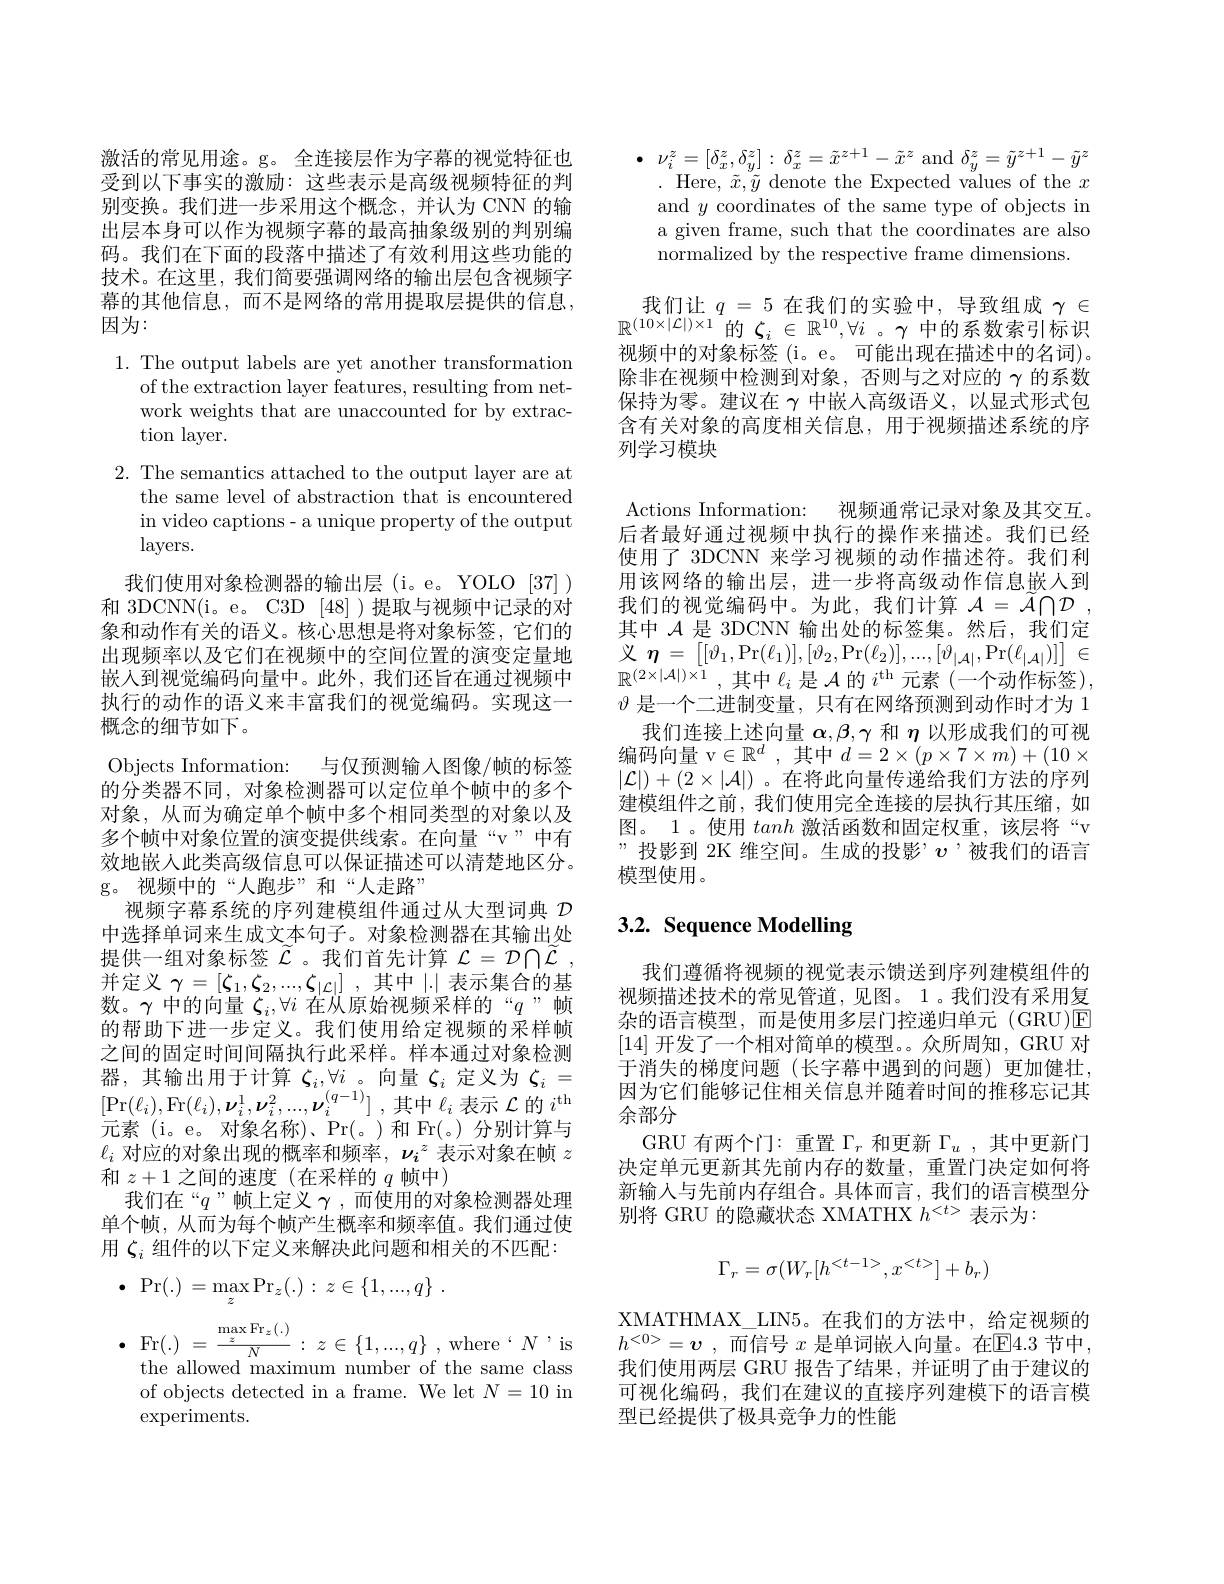
受到以下事实的激励：这些表示是高级视频特征的判别变换。我们进一步采用这个概念，并认为 CNN 的输出层本身可以作为视频字幕的最高抽象级别的判别编码。我们在下面的段落中描述了有效利用这些功能的技术。在这里，我们简要强调网络的输出层包含视频字幕的其他信息，而不是网络的常用提取层提供的信息， 因为：

1. The output labels are yet another transformation
of the extraction layer features, resulting from network weights that are unaccounted for by extraction layer.
2. The semantics attached to the output layer are at
the same level of abstraction that is encountered in video captions- a unique property of the output layers.
我们使用对象检测器的输出层(i。e。YOLO[37]) 和 3DCNN(i。e。C3D [48] )提取与视频中记录的对象和动作有关的语义。核心思想是将对象标签，它们的出现频率以及它们在视频中的空间位置的演变定量地嵌入到视觉编码向量中。此外，我们还旨在通过视频中执行的动作的语义来丰富我们的视觉编码。实现这一概念的细节如下。
Objects Information: 与仅预测输入图像/帧的标签的分类器不同，对象检测器可以定位单个帧中的多个对象，从而为确定单个帧中多个相同类型的对象以及多个帧中对象位置的演变提供线索。在向量“v”中有效地嵌人此类高级信息可以保证描述可以清楚地区分。g。视频中的“人跑步”和“人走路”
视频字幕系统的序列建模组件通过从大型词典$\mathcal{D}$ 中选择单词来生成文本句子。对象检测器在其输出处提供一组对象标签$\widetilde{\mathcal{L}}$ 。我们首先计算$\mathcal{L}=\mathcal{D}\bigcap\widetilde{\mathcal{L}}$ 并定义$\gamma = [ \zeta _1, \zeta _2, . . . , \zeta _{| \mathcal{L} | }]$ ,其中|.|表示集合的基数。$\gamma$中的向量$\zeta_i,\forall i$在从原始视频采样的“$q$”帧的帮助下进一步定义。我们使用给定视频的采样帧之间的固定时间间隔执行此采样。样本通过对象检测器，其输出用于计算$\zeta_i,\forall i$。向量$\zeta_i$定义为$\zeta_i=$ $[ \Pr ( \ell _{i}) , \Pr ( \ell _{i}) , \boldsymbol{\nu }_{i}^{1}, \boldsymbol{\nu }_{i}^{2}, . . . , \boldsymbol{\nu }_{i}^{( q- 1) }]$ ,其中$\ell_i$ 表示 $\mathcal{L}$ 的 $i^\mathrm{th}$ 元素(i。e。对象名称)、Pr(。)和 Fr(。)分别计算与$\ell_i$对应的对象出现的概率和频率，$\nu_i^z$表示对象在帧$z$ 和$z+1$之间的速度(在采样的$q$帧中)
我们在“$q$”帧上定义$\gamma$,而使用的对象检测器处理单个帧，从而为每个帧产生概率和频率值。我们通过使用$\zeta_i$组件的以下定义来解决此问题和相关的不匹配：
$$\Pr(.)\:=\max_{z}\Pr_{z}(.)\::\:z\in\{1,...,q\}\:.$$
$\begin{array}{ll}{\mathrm{.}}&{\mathrm{Fr(.)}=\frac{\max\Pr_{z}(.)}{N}:z\in\{1,...,q\}\:,\mathrm{~where~}`N\:,\mathrm{is}}\\&{\mathrm{the~allowed~maximum~number~of~the~same~class}}\end{array}$ of objects detected in a frame. We let $N=10$ in $\operatorname{experiments}.$

激活的常见用途。g。全连接层作为字幕的视觉特征也 $\bullet\nu_i^z=[\tilde{\delta}_x^z,\delta_y^z]:\delta_x^z=\tilde{x}^{z+1}-\tilde{x}^z$ and $\delta_y^z=\tilde{y}^{z+1}-\tilde{y}^z$
. Here, $\tilde{x},\tilde{y}$ denote the Expected values of the $x$ and $y$ coordinates of the same type of objects in a given frame, such that the coordinates are also normalized by the respective frame dimensions.

我们让$q=5$在我们的实验中，导致组成$\gamma\in$ $\mathbb{R}^{(10\times|\mathcal{L}|)\times1}$的$\zeta_i\in\mathbb{R}^{10},\forall i$。$\gamma$中的系数索引标识视频中的对象标签(i。e。可能出现在描述中的名词)。除非在视频中检测到对象，否则与之对应的$\gamma$的系数保持为零。建议在$\gamma$中嵌入高级语义，以显式形式包含有关对象的高度相关信息，用于视频描述系统的序列学习模块

Actions Information: 视频通常记录对象及其交互。后者最好通过视频中执行的操作来描述。我们已经使用了 3DCNN 来学习视频的动作描述符。我们利用该网络的输出层，进一步将高级动作信息嵌人到我们的视觉编码中。为此，我们计算$\mathcal{A} = \tilde{\mathcal{A} } \cap \mathcal{D}$ , 其中$\mathcal{A}$是 3DCNN 输出处的标签集。然后，我们定义$\eta=\left[[\vartheta_{1},\Pr(\ell_{1})],[\vartheta_{2},\Pr(\ell_{2})],...,[\vartheta_{|\mathcal{A}|},\Pr(\ell_{|\mathcal{A}|})]\right]\in$ $\mathbb{R} ^{( 2\times | \mathcal{A} | ) \times 1}$ , 其中$\ell_i$是$\mathcal{A}$的$i^\mathrm{th}$元素(-个动作标签), $\vartheta$是一个二进制变量，只有在网络预测到动作时才为 1
我们连接上述向量$\boldsymbol\alpha,\beta,\gamma$和$\eta$以形成我们的可视编码向量v$\in \mathbb{R} ^d$ ,其中$d=2\times(p\times7\times m)+(10\times$ $|\mathcal{L}|)+(2\times|\mathcal{A}|)$ 。在将此向量传递给我们方法的序列建模组件之前，我们使用完全连接的层执行其压缩，如图。1。使用tanh激活函数和固定权重，该层将“v ”投影到 2K 维空间。生成的投影’$v$’被我们的语言模型使用。

# 3.2. Sequence Modelling

我们遵循将视频的视觉表示馈送到序列建模组件的视频描述技术的常见管道，见图。1。我们没有采用复杂的语言模型，而是使用多层门控递归单元(GRU)E [14]开发了一个相对简单的模型。。众所周知，GRU 对于消失的梯度问题(长字幕中遇到的问题)更加健壮， 因为它们能够记住相关信息并随着时间的推移忘记其余部分
GRU 有两个门：重置$\Gamma_r$和更新$\Gamma_u$,其中更新门决定单元更新其先前内存的数量，重置门决定如何将新输入与先前内存组合。具体而言，我们的语言模型分别将 GRU 的隐藏状态 XMATHX $h^<t>$表示为：
$$\Gamma_r=\sigma(W_r[h^{<t-1>},x^{<t>}]+b_r)$$
XMATHMAX\_LIN5。在我们的方法中，给定视频的$h^{< 0> }= v$ , $\overline {\text{而 信 号 }x}$ 是单词嵌人向量。在$\mathbb{E}4.3$ 节中， 我们使用两层 GRU 报告了结果，并证明了由于建议的可视化编码，我们在建议的直接序列建模下的语言模型已经提供了极具竞争力的性能